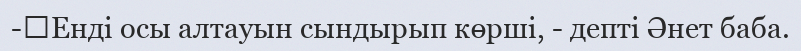
-	Енді осы алтауын сындырып көрші, - депті Әнет баба.